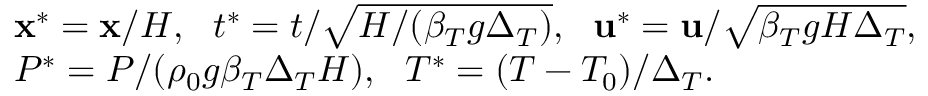
\begin{array} { r l } & { \mathbf { x } ^ { * } = \mathbf { x } / H , \ \ t ^ { * } = t / \sqrt { H / ( \beta _ { T } g \Delta _ { T } ) } , \ \ \mathbf { u } ^ { * } = \mathbf { u } / \sqrt { \beta _ { T } g H \Delta _ { T } } , } \\ & { P ^ { * } = P / ( \rho _ { 0 } g \beta _ { T } \Delta _ { T } H ) , \ \ T ^ { * } = ( T - T _ { 0 } ) / \Delta _ { T } . } \end{array}